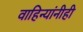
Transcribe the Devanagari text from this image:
वाहिन्यांनीही